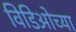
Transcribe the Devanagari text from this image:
विडिओच्या